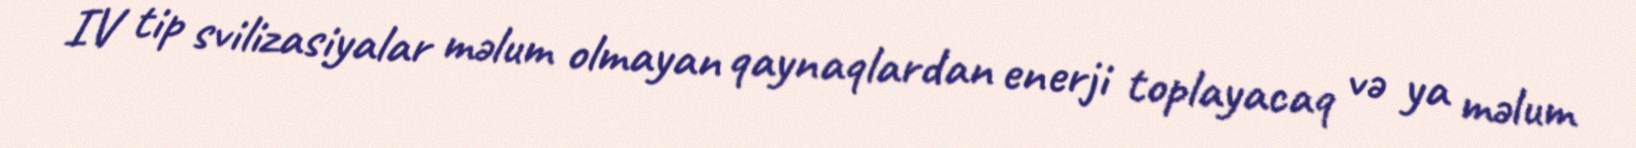
IV tip svilizasiyalar məlum olmayan qaynaqlardan enerji toplayacaq və ya məlum